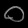
Digit: ၀